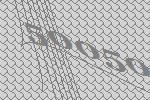
50050